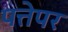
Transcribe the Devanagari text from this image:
पत्तेपर